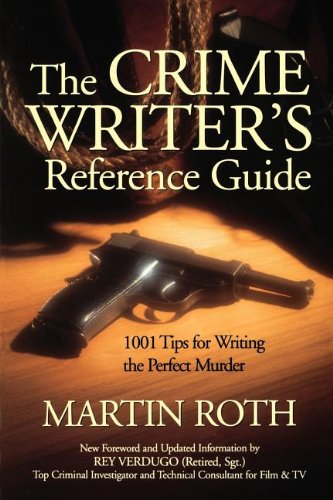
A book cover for The Crime Writer's Reference Guide: 1001 Tips for Writing the Perfect Murder; Martin Roth; Mystery, Thriller & Suspense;